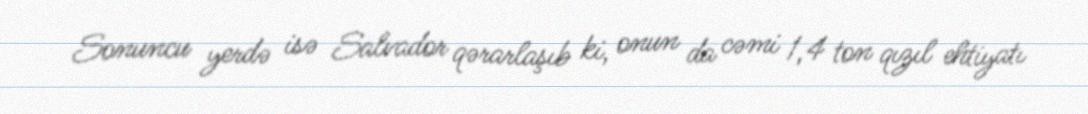
Sonuncu yerdə isə Salvador qərarlaşıb ki, onun da cəmi 1,4 ton qızıl ehtiyatı